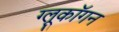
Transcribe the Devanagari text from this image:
ग्लूकॉगन